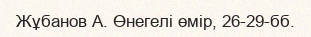
Жұбанов А. Өнегелі өмір, 26-29-бб.